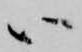
ハ